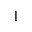
1